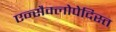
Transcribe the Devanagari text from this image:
एन्सैक्लोपेदिस्त